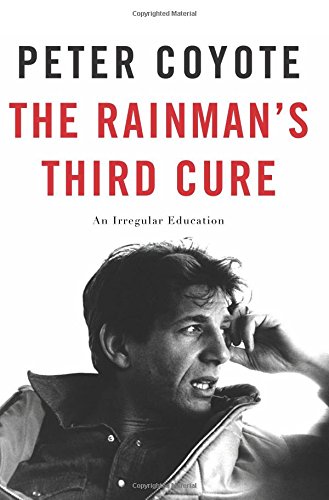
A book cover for The Rainman's Third Cure: An Irregular Education; Peter Coyote; Biographies & Memoirs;